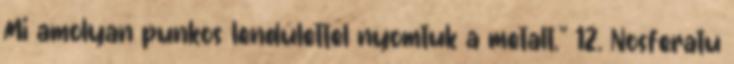
Mi amolyan punkos lendülettel nyomtuk a metalt." 12. Nosferatu